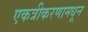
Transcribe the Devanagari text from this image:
एकत्रीकरणामधून